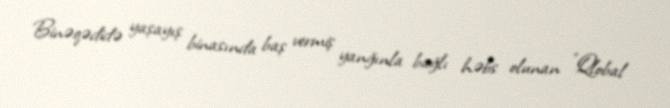
Binəqədidə yaşayış binasında baş vermiş yanğınla bağlı həbs olunan "Qlobal